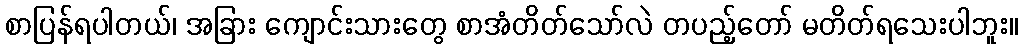
စာပြန်ရပါတယ်၊ အခြား ကျောင်းသားတွေ စာအံတိတ်သော်လဲ တပည့်တော် မတိတ်ရသေးပါဘူး။